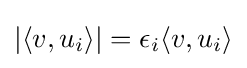
|\langle v,u_{i}\rangle |=\epsilon _{i}\langle v,u_{i}\rangle